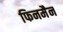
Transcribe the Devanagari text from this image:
फिनमैन